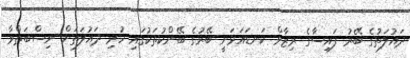
ދައުލަތުގެ ބޭރު ފައިސާގެ ރިޒާވް ކަނޑައަޅަނީ ބޭރުގެ ބޭންކުތަކުގައި ހުރި ދައުލަތަށް ނިސްބަތްވާ